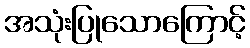
အသုံးပြုသောကြောင့်